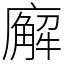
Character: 廨